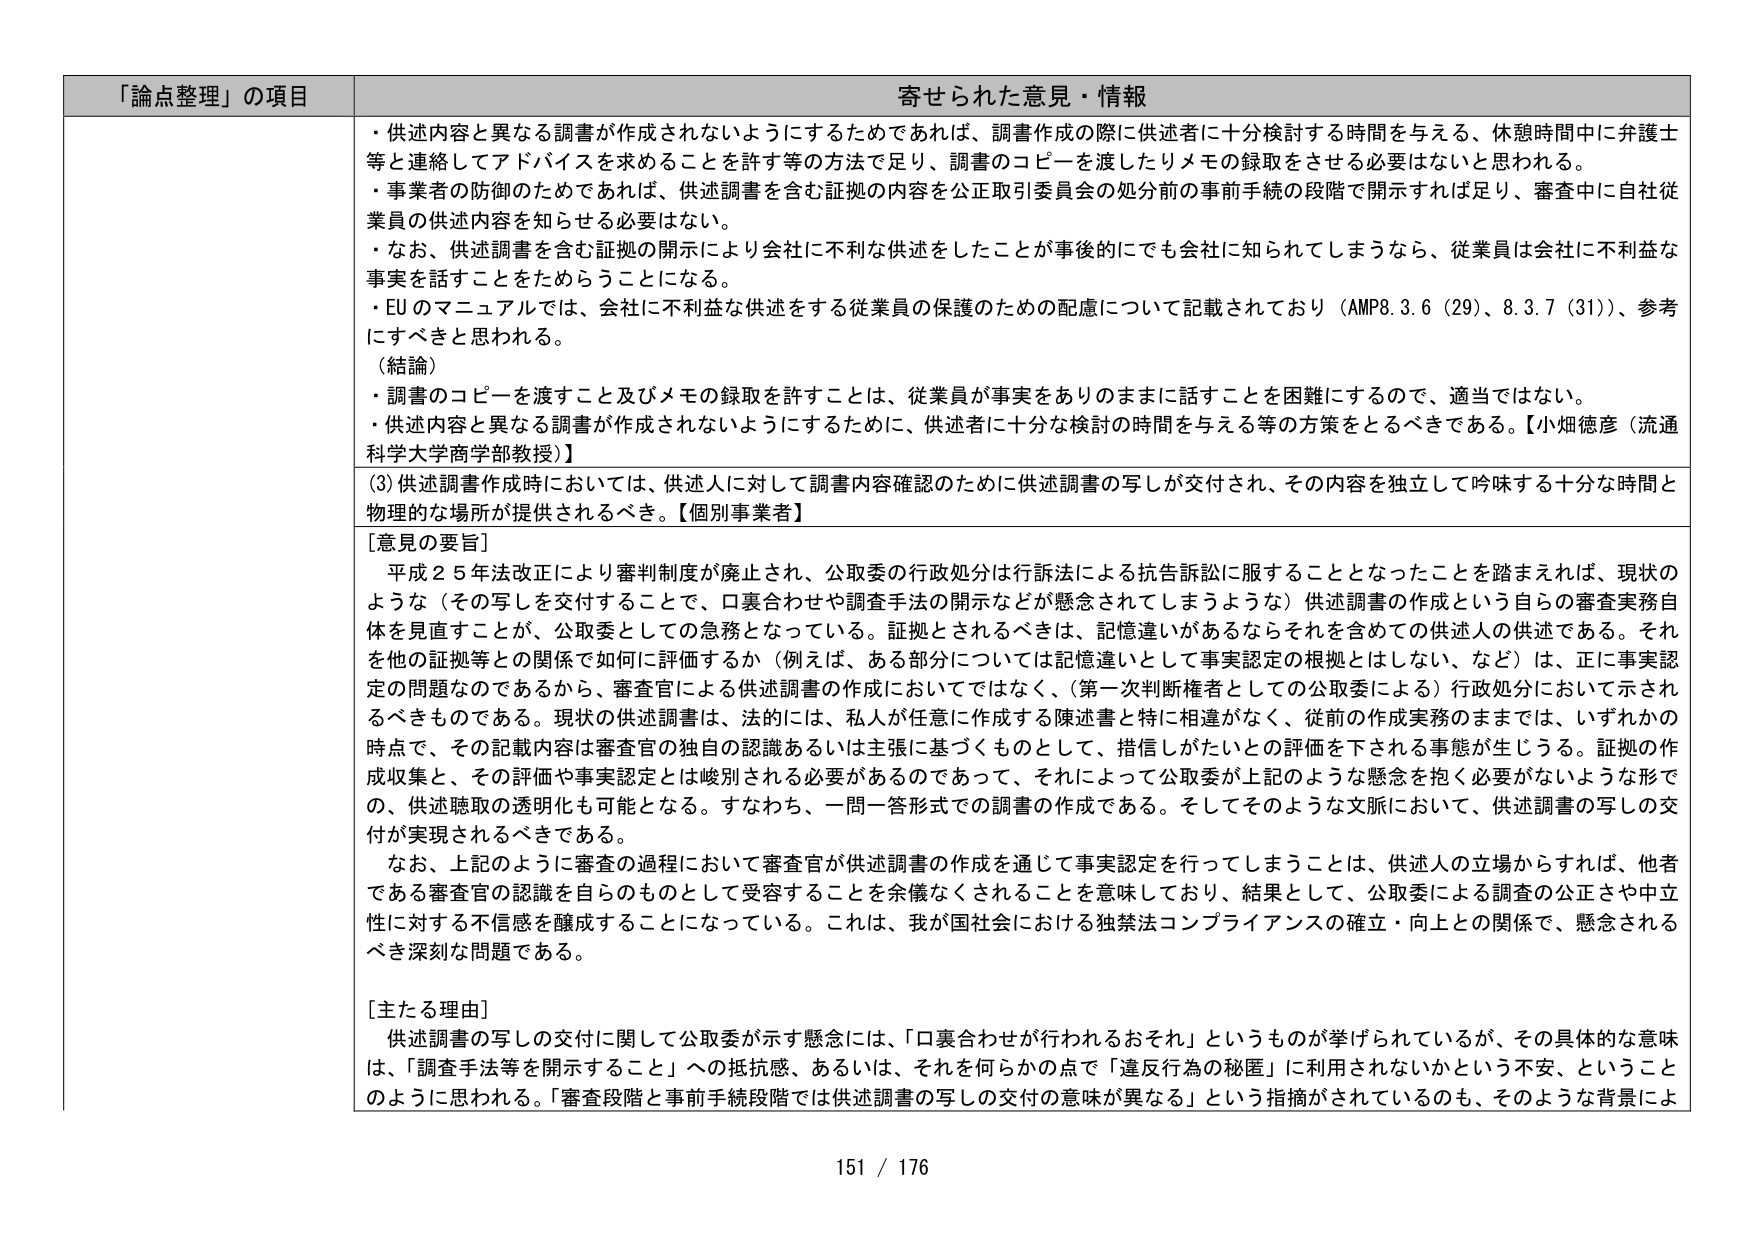
「論点整理」の項目 寄せられた意見・情報
・供述内容と異なる調書が作成されないようにするためであれば、調書作成の際に供述者に十分検討する時間を与える、休憩時間中に弁護士等と連絡してアドバイスを求めることを許す等の方法で足り、調書のコピーを渡したりメモの録取をさせる必要はないと思われる。
・事業者の防御のためであれば、供述調書を含む証拠の内容を公正取引委員会の処分前の事前手続の段階で開示すれば足り、審査中に自社従業員の供述内容を知らせる必要はない。
・なお、供述調書を含む証拠の開示により会社に不利な供述をしたことが事後的にでも会社に知られてしまうなら、従業員は会社に不利益な事実を話すことをためらうことになる。
・EUのマニュアルでは、会社に不利益な供述をする従業員の保護のための配慮について記載されており（AMP8.3.6（29）、8.3.7（31））、参考にすべきと思われる。
（結論）
・調書のコピーを渡すこと及びメモの録取を許すことは、従業員が事実をありのままに話すことを困難にするので、適当ではない。
・供述内容と異なる調書が作成されないようにするために、供述者に十分な検討の時間を与える等の方策をとるべきである。【小畑徳彦（流通科学大学商学部教授）】
(3)供述調書作成時においては、供述人に対して調書内容確認のために供述調書の写しが交付され、その内容を独立して吟味する十分な時間と物理的な場所が提供されるべき。【個別事業者】
[意見の要旨]
平成２５年法改正により審判制度が廃止され、公取委の行政処分は行訴法による抗告訴訟に服することとなったことを踏まえれば、現状のような（その写しを交付することで、口裏合わせや調査手法の開示などが懸念されてしまうような）供述調書の作成という自らの審査実務自体を見直すことが、公取委としての急務となっている。証拠とされるべきは、記憶違いがあるならそれを含めての供述人の供述である。それを他の証拠等との関係で如何に評価するか（例えば、ある部分については記憶違いとして事実認定の根拠とはしない、など）は、正に事実認定の問題なのであるから、審査官による供述調書の作成においてではなく、（第一次判断権者としての公取委による）行政処分において示されるべきものである。現状の供述調書は、法的には、私人が任意に作成する陳述書と特に相違がなく、従前の作成実務のままでは、いずれかの時点で、その記載内容は審査官の独自の認識あるいは主張に基づくものとして、措信しがたいとの評価を下される事態が生じうる。証拠の作成収集と、その評価や事実認定とは峻別される必要があるであって、それによって公取委が上記のような懸念を抱く必要がないような形での、供述聴取の透明化も可能となる。すなわち、一問一答形式での調書の作成である。そしてそのような文脈において、供述調書の写しの交付が実現されるべきである。
なお、上記のように審査の過程において審査官が供述調書の作成を通じて事実認定を行ってしまうことは、供述人の立場からすれば、他者である審査官の認識を自らのものとして受容することを余儀なくされることを意味しており、結果として、公取委による調査の公正さや中立性に対する不信感を醸成することになっている。これは、我が国社会における独禁法コンプライアンスの確立・向上との関係で、懸念されるべき深刻な問題である。
[主たる理由]
供述調書の写しの交付に関して公取委が示す懸念には、「口裏合わせが行われるおそれ」というものが挙げられているが、その具体的な意味は、「調査手法等を開示すること」への抵抗感、あるいは、それを何らかの点で「違反行為の秘匿」に利用されないかという不安、ということのように思われる。「審査段階と事前手続段階では供述調書の写しの交付の意味が異なる」という指摘がされているのも、そのような背景によ
151 / 176